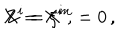
X ^ { i } = \xi ^ { i } \, , \hspace { 1 c m } Z = X ^ { m } = 0 \, ,